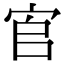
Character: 𡧺